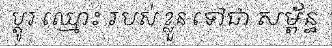
ប្តូរ ឈ្មោះ របស់ ខ្លួន ទៅជា សម្ព័ន្ធ